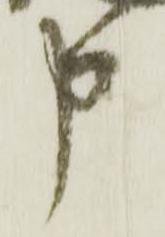
申